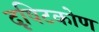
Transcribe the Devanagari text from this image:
दृषिटकोण